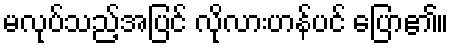
မလုပ်သည့်အပြင် လိုလားဟန်ပင် ပြော၏။